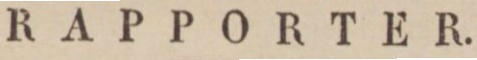
RAPPORTER.